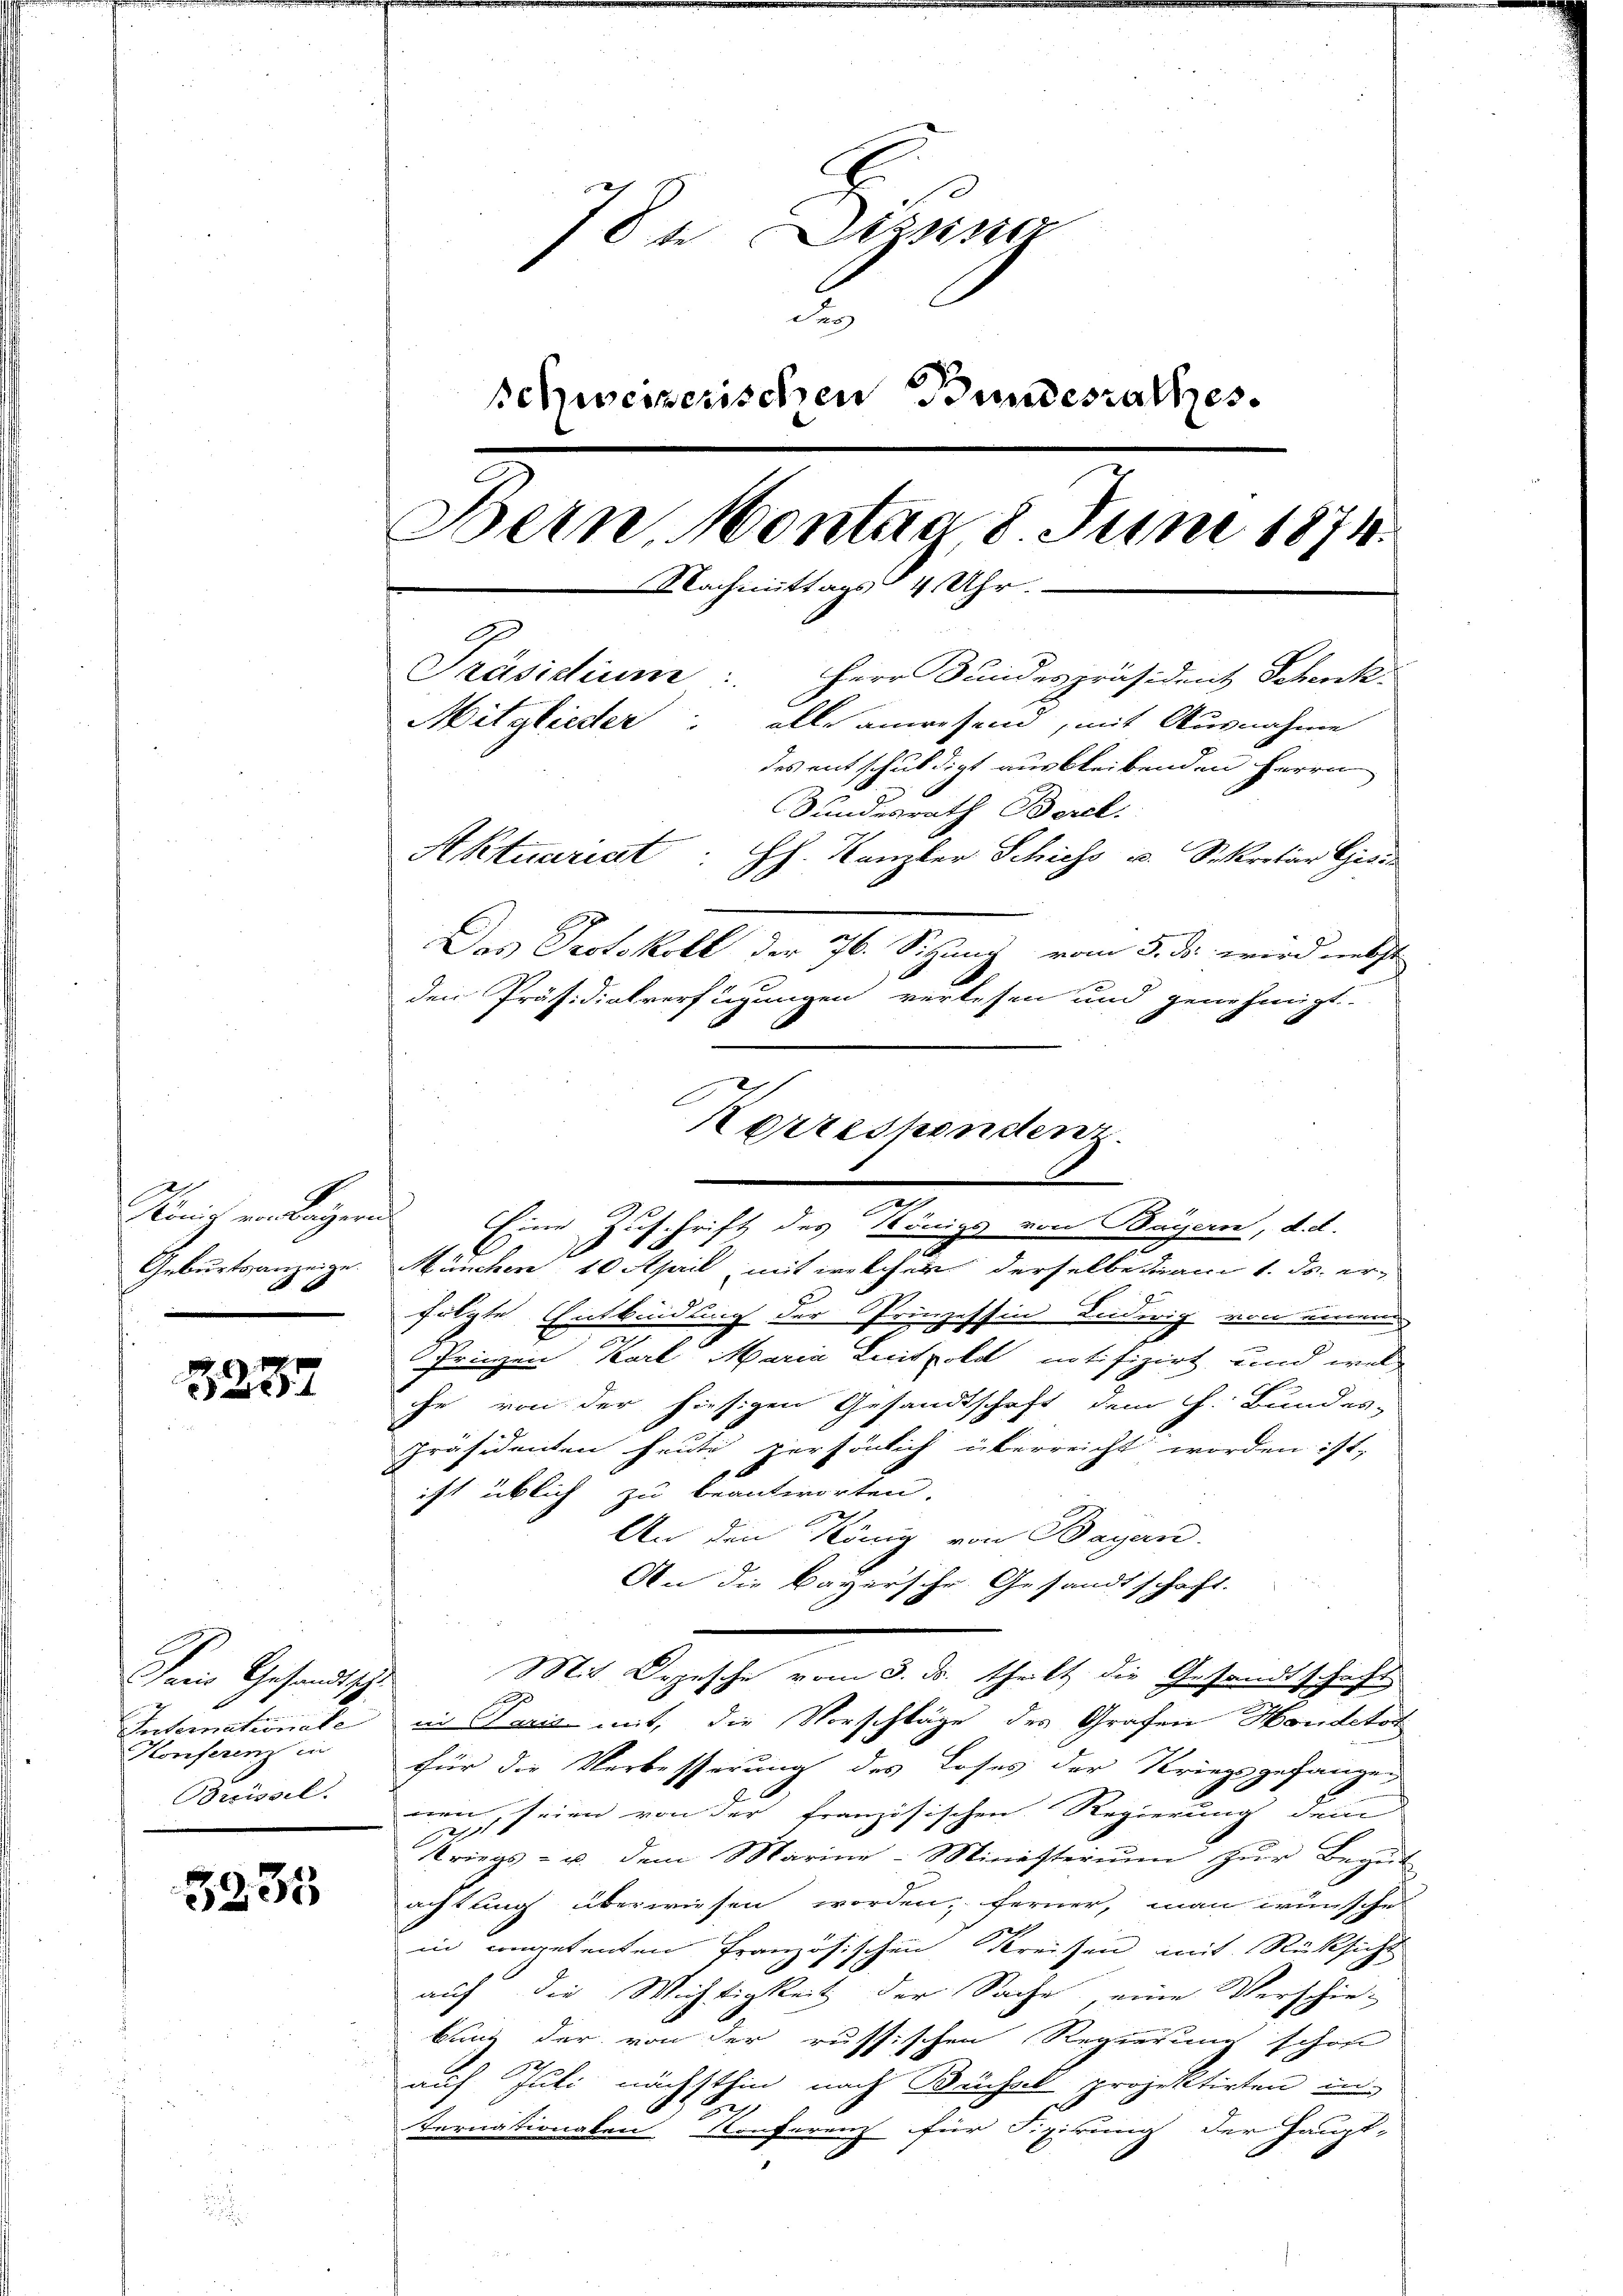
König von Liegen
Geburtsanzeige.

3237

Pein Gesandtsche
Intimationate
Konferenz in
Breissel.

5235

784 Dezsissa
u
schweizerischen Bundesrathes.
Bern, Montaa 8 Juni 1874.
Nachmittags 4 Uhr.
Präsidium.
Herr Bundespräsident Schenk
Mitglieder: alle anwesend, mit Ausnahme
des entschuldigt ausbleibenden Herrn
Bundesrath Borel.
Aktuariat : HH. Kanzler Schiess u. Sekretär Gisis
Das Protokoll der 76. Sitzung vom 3. ds. wird nebst
F
den Präsidialverfügungen verlesen und genehmigt.

2
München 10 April, mit welcher derselbe am 1. ds. erfolgte Entbindung der Prinzessin Ludwig von einen
Prinzen Karl Maria Laitpold notifizirt, und welche von der hiesigen Gesandtschaft dem H. Bunder-
Präsidenten heute persönlich überreicht worden ist,
ist üblich zu beantworten.
An den König von Bayern.
An die Bayersche Gesandtschaft.
Mit Depesche vom 3. ds. theilt die Gesandtschaft
S
in es aus mit, die Vorschläge des Grafen Handetot
für die Verbesserung des Loses der Kriegsgefangen
wenn seien von der französischen Regierung dem
Kriegs- u. dem Marine-Ministerium zur Begut-
achtung überwiesen worden; ferner, man wünsches
in engetenten Französischen Kreisen mit Rücksicht
auf die Wichtigkeit der Sache, eine Verschie-
bung der von der russischen Regierung schon
auf Juli nächsthin nach Büchsel projektirten un-
2
ternationalen Konferenz für Fixirung der Haupt-

Korreshendenz
.
Eine Zuschrift des Königs von Bayern, d. d.